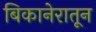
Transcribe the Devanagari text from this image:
बिकानेरातून